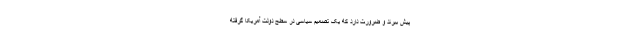
پیش ببرند و ضرورت دارد که یک تصمیم سیاسی در سطح دولت آمریکا گرفته